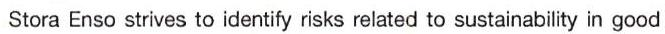
Stora Enso strives to identify risks related to sustainability in good